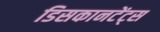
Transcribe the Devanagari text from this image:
डिसकानटेंट्स